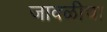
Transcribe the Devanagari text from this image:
जावळीचा